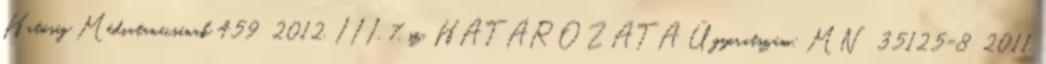
Hatóság Médiatanácsának 459 2012. III. 7. sz. HATÁROZATA Ügyiratszám: MN 35125-8 2011.